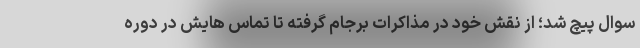
سوال پیچ شد؛ از نقش خود در مذاکرات برجام گرفته تا تماس هایش در دوره